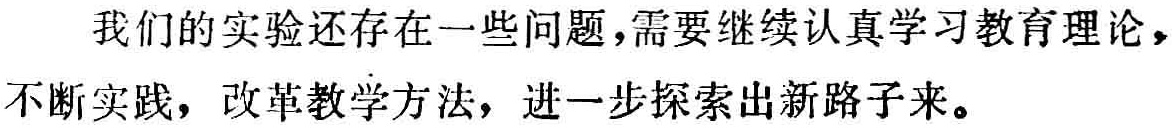
我们的实验还存在一些问题,需要继续认真学习教育理论，不断实践，改革教学方法，进一步探索出新路子来。